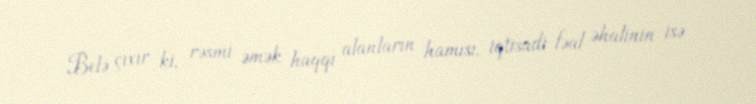
Belə çıxır ki, rəsmi əmək haqqı alanların hamısı, iqtisadi fəal əhalinin isə